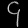
Digit: ၄